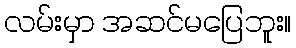
လမ်းမှာ အဆင်မပြေဘူး။